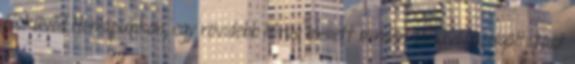
Esküvőd Honlapunkon, egy rövidebb leírás mellett minden esküvői szolgáltatást